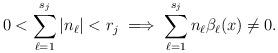
LaTeX: \begin{align*}0 < \sum_{\ell = 1}^{s_j} \vert n _{\ell} \vert < r_j \implies \sum_{\ell=1}^{s_j} n_{\ell} \beta_{\ell}(x) \neq 0.\end{align*}